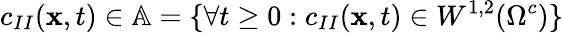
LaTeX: c_{II}(\mathbf{x},t)\in\mathbb{A}=\lbrace\forall t\geq 0:c_{II}(\mathbf{x},t)\in W^{1,2}(\Omega^{c})\rbrace